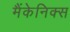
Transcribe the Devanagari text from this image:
मैंकेनिक्‍स